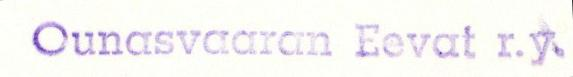
Ounasvaaran Eevat r.y.